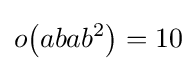
o{\bigl (}abab^{2}{\bigr )}=10